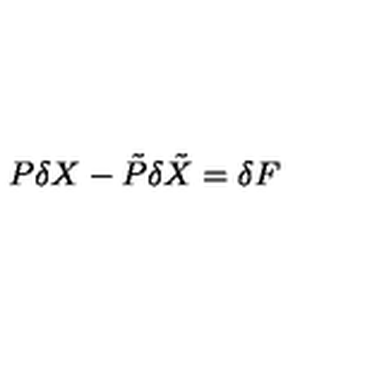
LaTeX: P \delta X - \tilde { P } \delta { \tilde { X } } = \delta F